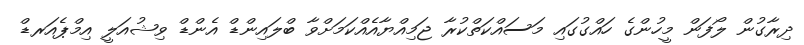
ދިރާގުން ލޯފަން މީހުންގެ ހައްގުގައި މަސައްކަތްކުރާ ޖަމިއްޔާއެއްކަމަށްވާ ބްލައިންޑް އެންޑް ވިޝުއަލީ އިމްޕެއަރޑް